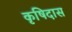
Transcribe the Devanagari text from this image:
कृषिदास